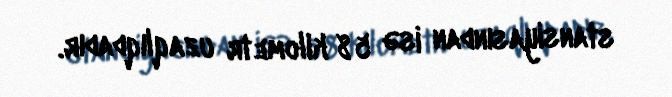
stansiyasından isə 58 kilometr uzaqlıqdadır.